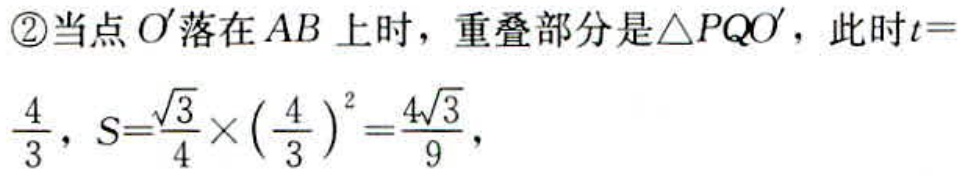
\textcircled{2}当点\(O'\)落在\(AB\)上时，重叠部分是\(\triangle PQO'\)，此时\(t = \frac{4}{3}\)，\(S = \frac{\sqrt{3}}{4} \times (\frac{4}{3})^2=\frac{4\sqrt{3}}{9}\)，